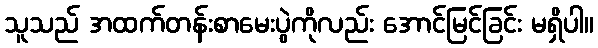
သူသည် အထက်တန်းစာမေးပွဲကိုလည်း အောင်မြင်ခြင်း မရှိပါ။